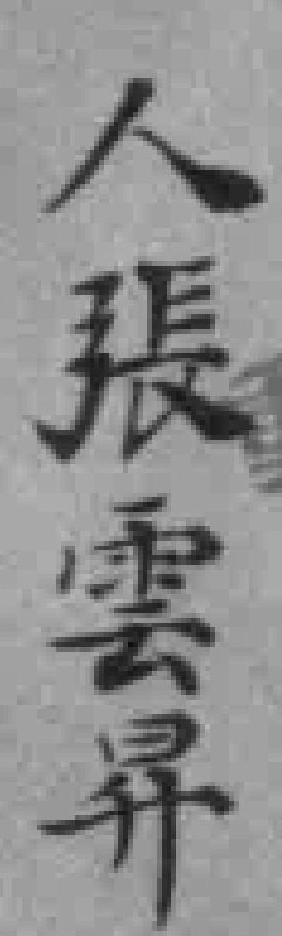
人張雲昇